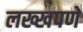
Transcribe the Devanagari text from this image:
लख्खपणे